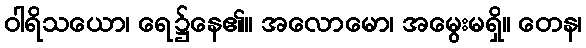
ဝါရိသယော၊ ရေ၌နေ၏။ အလောမော၊ အမွေးမရှိ။ တေန၊